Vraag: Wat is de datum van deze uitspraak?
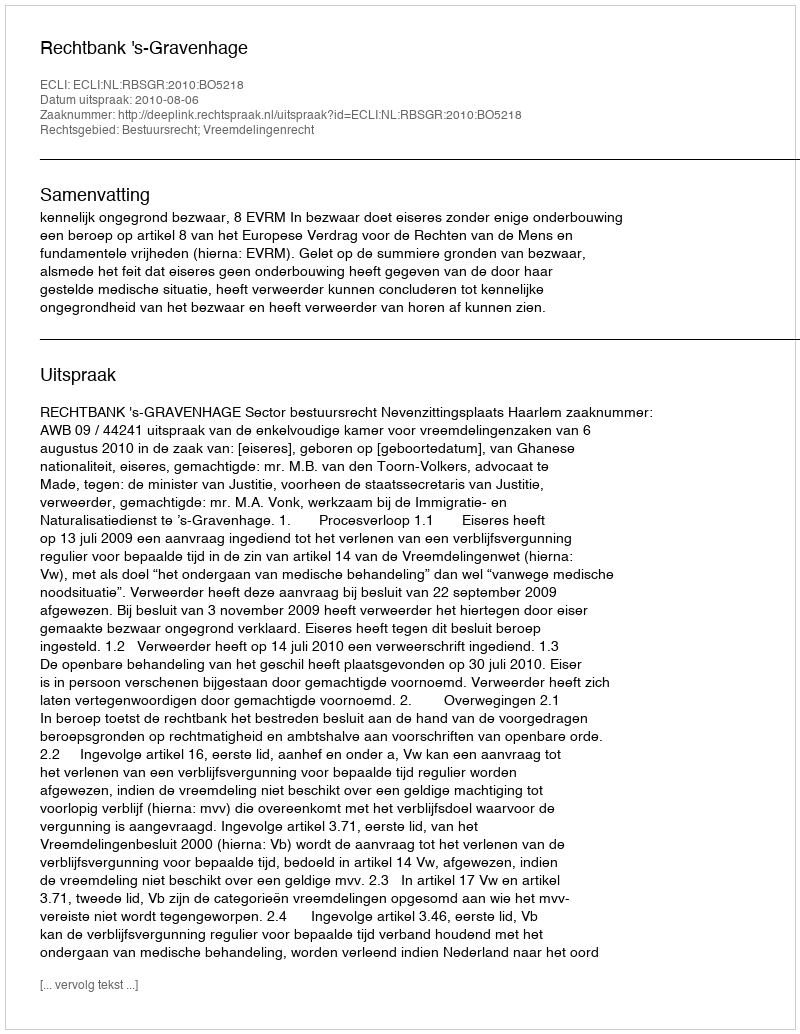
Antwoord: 2010-08-06